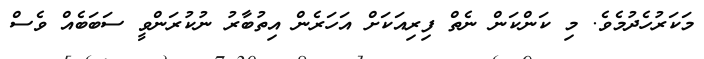
މަކަރުހެދުމެވެ. މި ކަންކަން ނެތް ފިރިއަކަށް އަހަރެން އިތުބާރު ނުކުރަންވީ ސަބަބެއް ވެސް